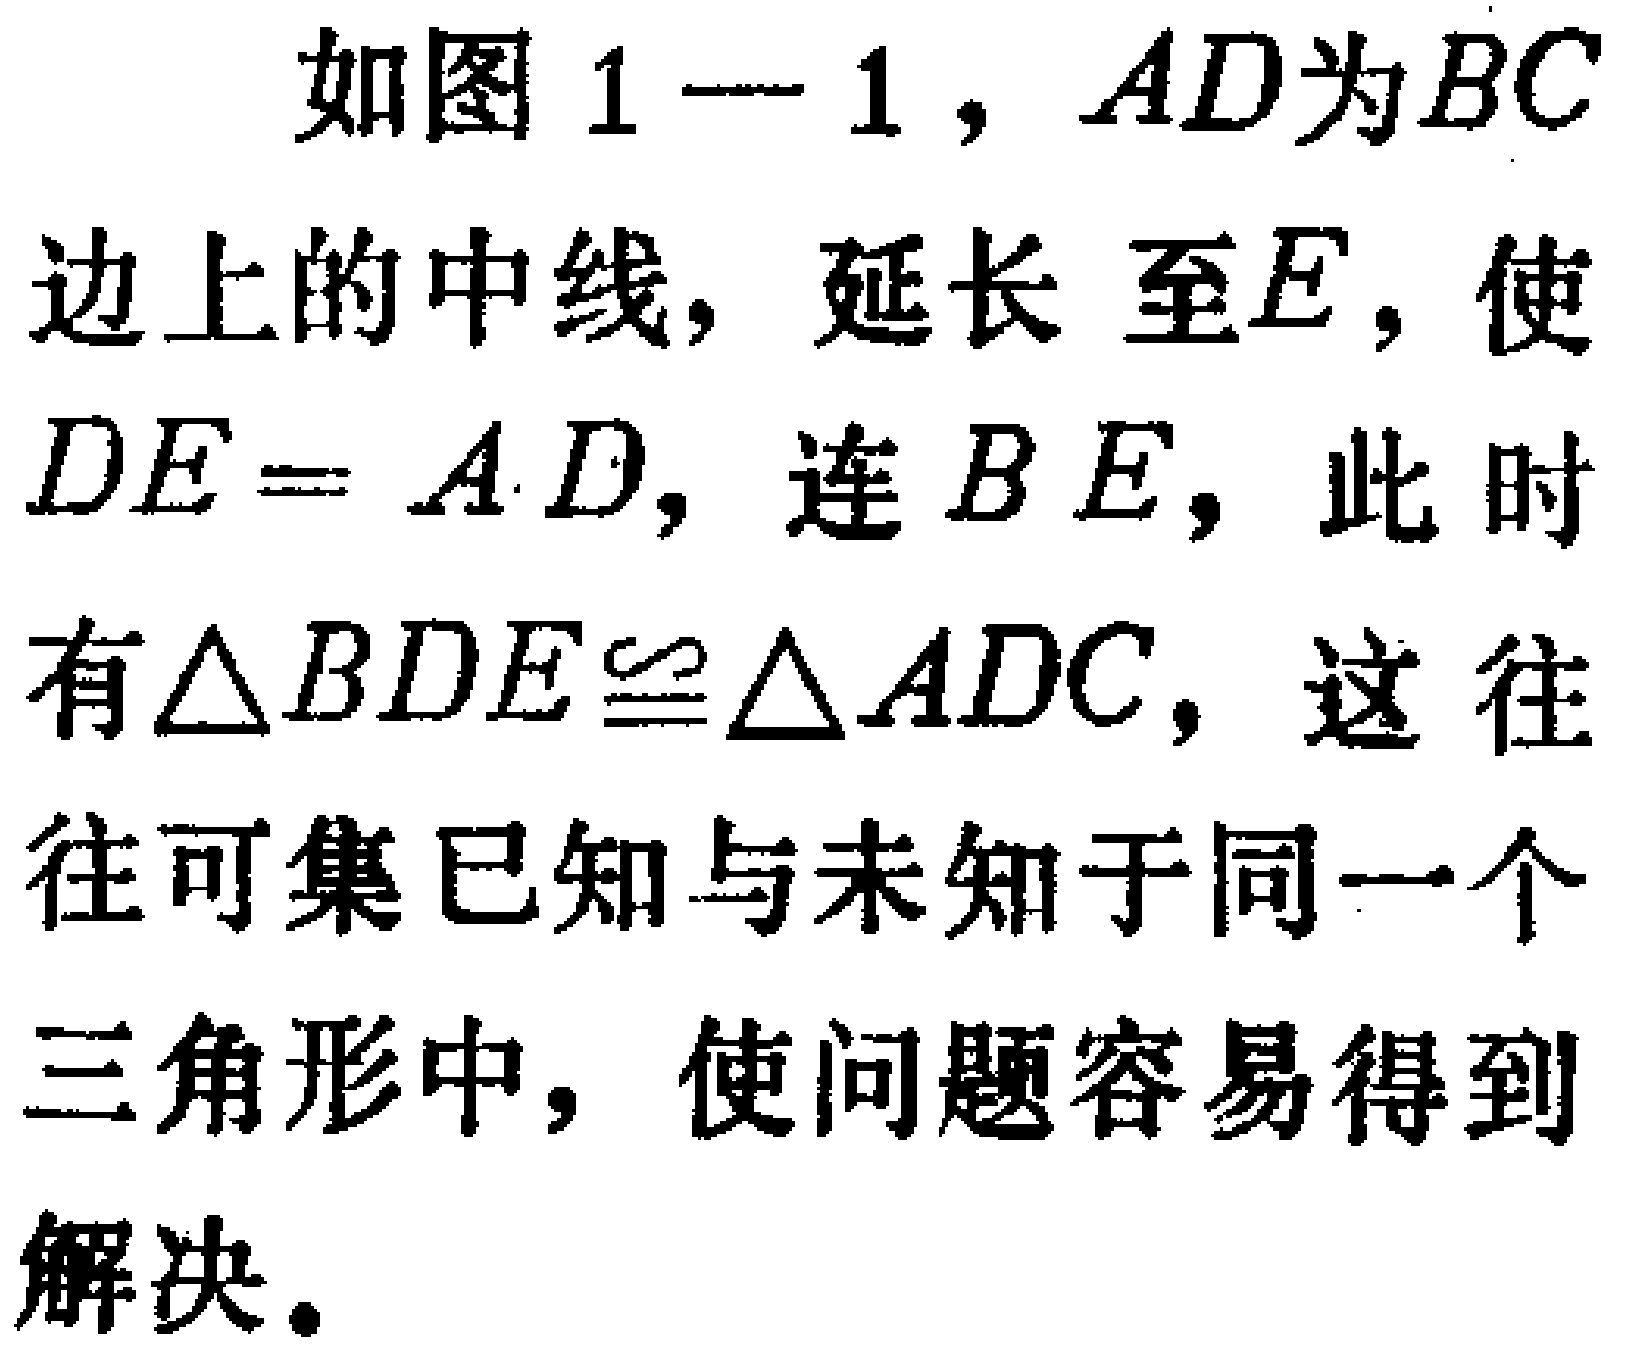
如图 1—1，$AD$为$BC$边上的中线，延长 至$E$，使$DE = AD$，连$BE$，此时有$\triangle BDE\cong\triangle ADC$，这往往可集已知与未知于同一个三角形中，使问题容易得到解决。